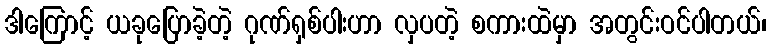
ဒါကြောင့် ယခုပြောခဲ့တဲ့ ဂုဏ်ရှစ်ပါးဟာ လှပတဲ့ စကားထဲမှာ အတွင်းဝင်ပါတယ်၊